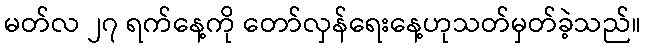
မတ်လ ၂၇ ရက်နေ့ကို တော်လှန်ရေးနေ့ဟုသတ်မှတ်ခဲ့သည်။